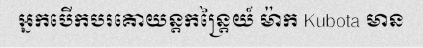
អ្នកបើកបរគោយន្តកន្ត្រៃយ៍ ម៉ាក Kubota មាន